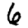
Digit: 6